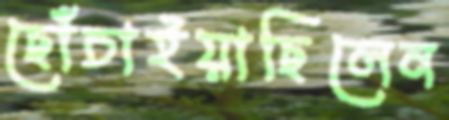
ছোঁচাইয়াছিলেন